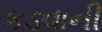
કડવાની